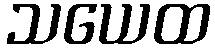
သယေထ